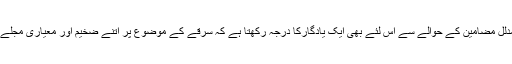
478 صفحات پر مشتمل یہ شمارہ اپنے اہم ،حیرت انگیزلیکن مدلل مضامین کے حوالے سے اس لئے بھی ایک یادگارکا درجہ رکھتا ہے کہ سرقے کے موضوع پر اتنے ضخیم اور معیاری مجلے کی اشاعت کے حوالے سے اس نے ایک تاریخ رقم کردی ہے۔